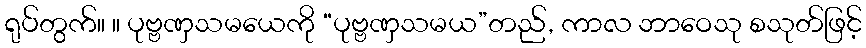
ရုပ်တွက်။ ။ ပုဗ္ဗဏှသမယေကို “ပုဗ္ဗဏှသမယ”တည်, ကာလ ဘာဝေသု စသုတ်ဖြင့်